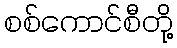
စစ်ကောင်စီတို့